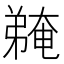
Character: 𫸽